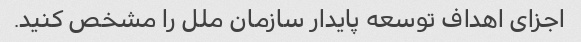
اجزای اهداف توسعه پایدار سازمان ملل را مشخص کنید.